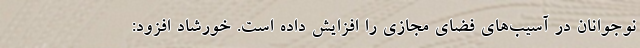
نوجوانان در آسیب‌های فضای مجازی را افزایش داده است. خورشاد افزود: